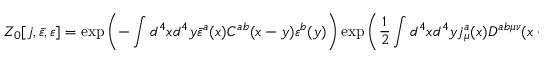
Z _ { 0 } [ j , { \bar { \varepsilon } } , \varepsilon ] = \exp \left( - \int d ^ { 4 } x d ^ { 4 } y { \bar { \varepsilon } } ^ { a } ( x ) C ^ { a b } ( x - y ) \varepsilon ^ { b } ( y ) \right) \exp \left( { \frac { 1 } { 2 } } \int d ^ { 4 } x d ^ { 4 } y j _ { \mu } ^ { a } ( x ) D ^ { a b \mu \nu } ( x - y ) j _ { \nu } ^ { b } ( y ) \right)